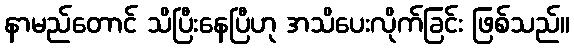
နာမည်တောင် သိပြီးနေပြီဟု အသိပေးလိုက်ခြင်း ဖြစ်သည်။